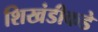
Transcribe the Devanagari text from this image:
शिखंडीकडे